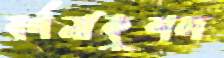
বর্ণনাকুশল